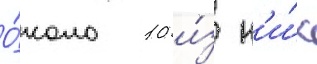
О́коло 10 и́з н'и́х